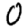
Digit: 0